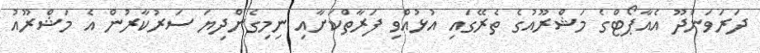
ދަރަވަންދޫ އެއާޕޯޓްގެ މަޝްރޫއުގެ ތެރޭގައި އުޅުއްވި ފަރާތްކަށާއި ނިމިގެންދިޔަ ސަރުކާރުން އެ މަޝްރޫއު